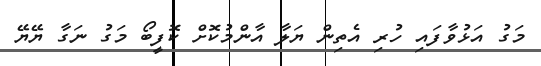
މަގު އަޅުވާފައި ހުރި އެތިން ޔަލާ އާންމުކޮށް ކޮފީބޯ މަގު ނަގާ ޔޭޔޭ